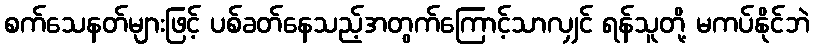
စက်သေနတ်များဖြင့် ပစ်ခတ်နေသည့်အတွက်ကြောင့်သာလျှင် ရန်သူတို့ မကပ်နိုင်ဘဲ